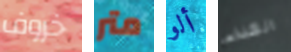
خروف متر ألو الغذاء